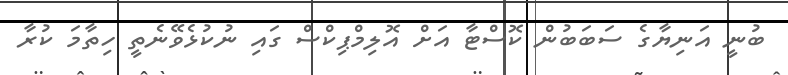
ބުނީ އަނިޔާގެ ސަބަބުން ކޮސްޓާ އަށް އޮލިމްޕިކްސް ގައި ނުކުޅެވޭނެތީ ހިތާމަ ކުރާ